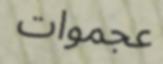
عجموات